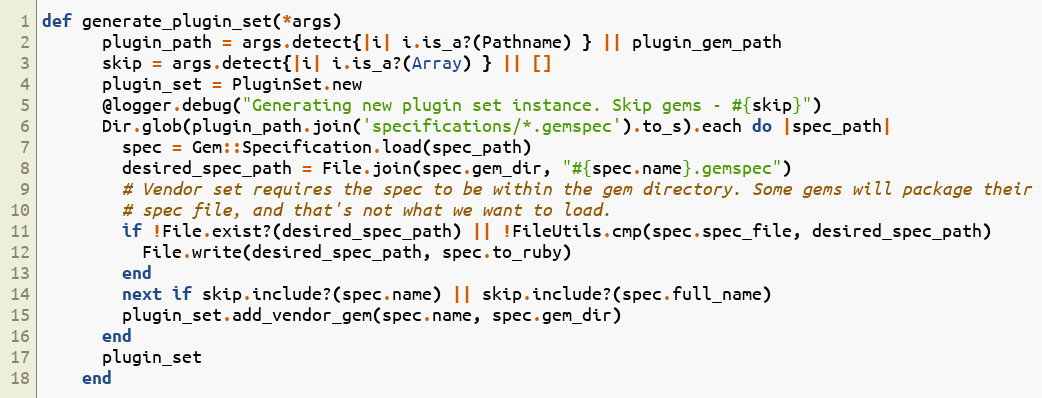
Language: Ruby
def generate_plugin_set(*args)
      plugin_path = args.detect{|i| i.is_a?(Pathname) } || plugin_gem_path
      skip = args.detect{|i| i.is_a?(Array) } || []
      plugin_set = PluginSet.new
      @logger.debug("Generating new plugin set instance. Skip gems - #{skip}")
      Dir.glob(plugin_path.join('specifications/*.gemspec').to_s).each do |spec_path|
        spec = Gem::Specification.load(spec_path)
        desired_spec_path = File.join(spec.gem_dir, "#{spec.name}.gemspec")
        # Vendor set requires the spec to be within the gem directory. Some gems will package their
        # spec file, and that's not what we want to load.
        if !File.exist?(desired_spec_path) || !FileUtils.cmp(spec.spec_file, desired_spec_path)
          File.write(desired_spec_path, spec.to_ruby)
        end
        next if skip.include?(spec.name) || skip.include?(spec.full_name)
        plugin_set.add_vendor_gem(spec.name, spec.gem_dir)
      end
      plugin_set
    end